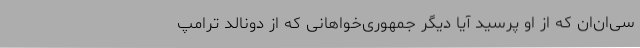
سی‌ان‌ان که از او پرسید آیا دیگر جمهوری‌خواهانی که از دونالد ترامپ